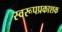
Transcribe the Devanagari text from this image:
स्वरूपप्रकाशक